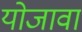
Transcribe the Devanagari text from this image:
योजावा